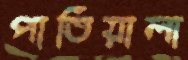
পাতিয়ালা